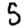
Digit: 5